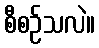
စီစဉ်သလဲ။